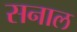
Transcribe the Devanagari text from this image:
सनाल